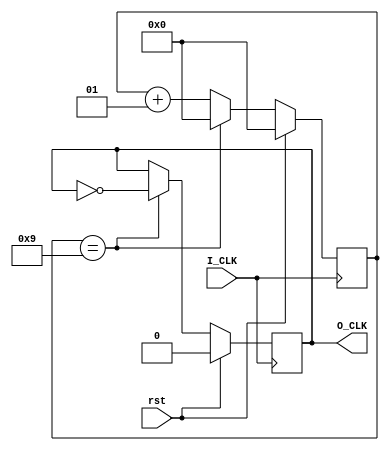
module Divider(
input I_CLK,
input rst,
output reg O_CLK=0
    );
    
    parameter MAX_HZ=20;
    
    integer i=0;

    
    always @( posedge I_CLK )
    begin
    
    if(rst==1)
    begin
    i<=0;
    O_CLK<=0;
    end
    
    else if(i==MAX_HZ/2-1)
    begin
    i<=0;
    O_CLK<=~O_CLK;   
    end
       
    else
    begin
    i<=i+1;
    end

    end

endmodule